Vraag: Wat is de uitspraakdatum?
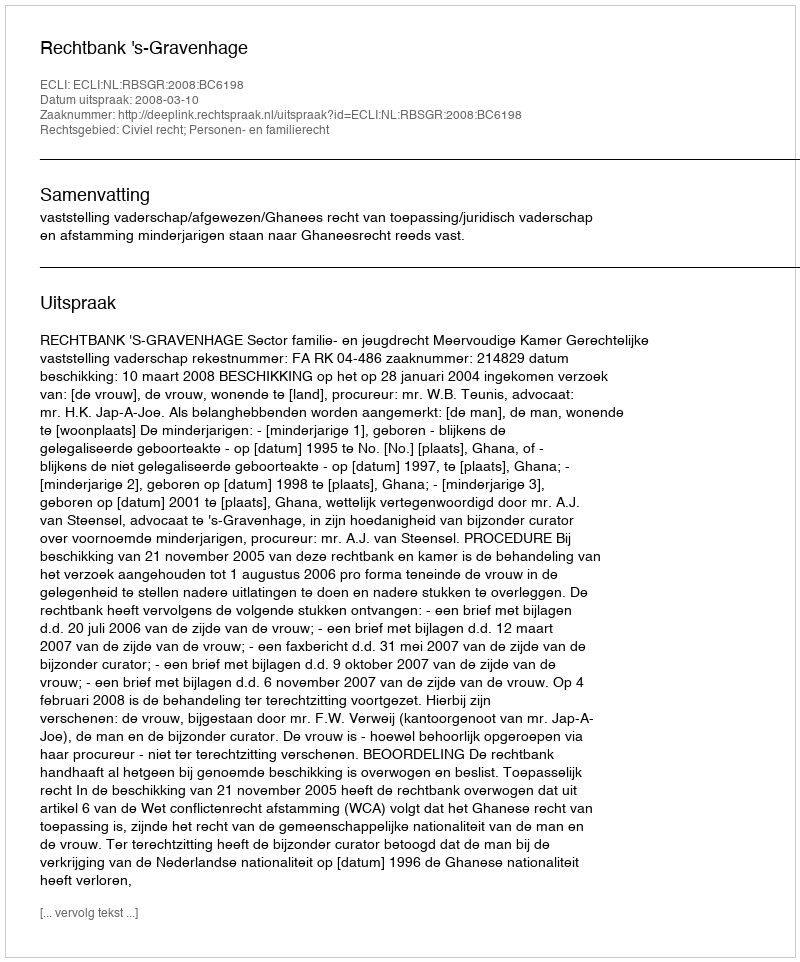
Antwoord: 2008-03-10